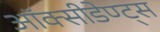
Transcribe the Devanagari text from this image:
ऑक्सीडेण्ट्स